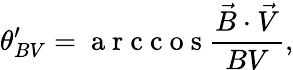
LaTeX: \theta_{BV}^{\prime}=\mathrm{~a~r~c~c~o~s~}\frac{\vec{B}\cdot\vec{V}}{BV},